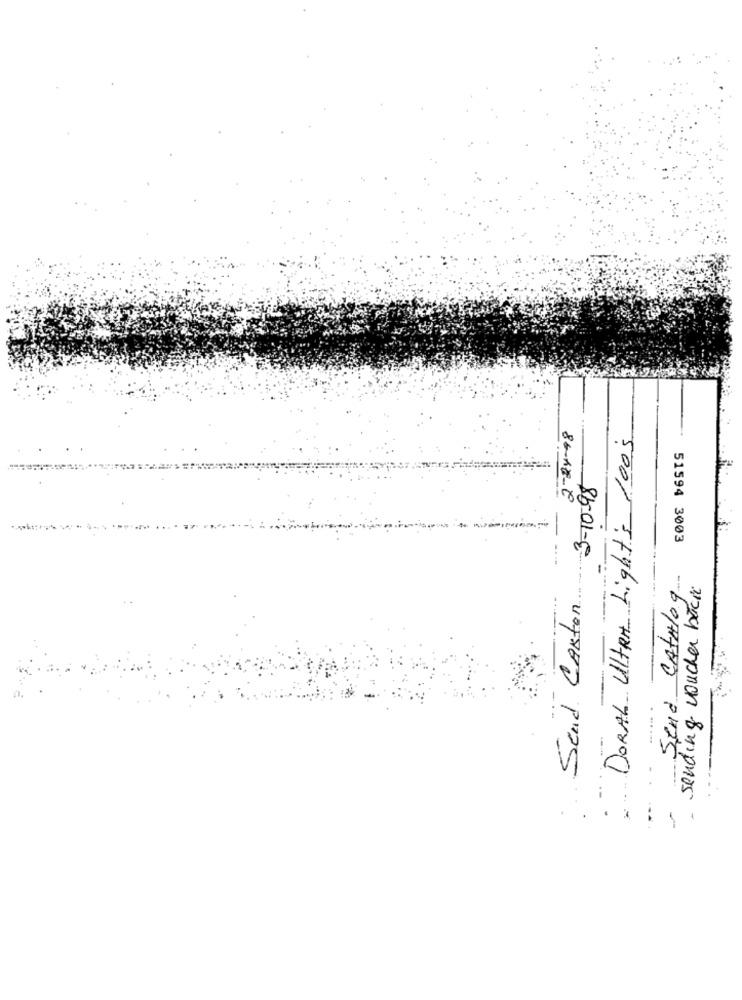
2-24-48
DORAL ULTRA Light's 100s
3-10-98
51594 3003
Send Catalog
sending voucher back
Send CARton